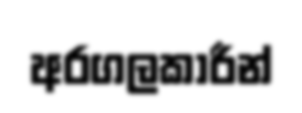
අරගලකාරීන්